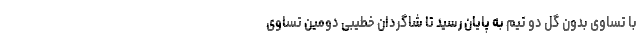
با تساوی بدون گل دو تیم به پایان رسید تا شاگردان خطیبی دومین تساوی